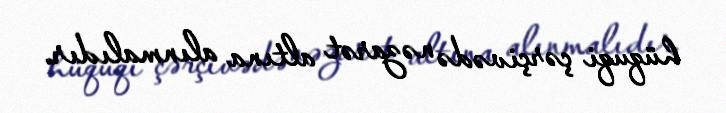
hüquqi çərçivədə nəzarət altına alınmalıdır.